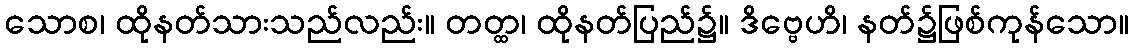
သောစ၊ ထိုနတ်သားသည်လည်း။ တတ္ထ၊ ထိုနတ်ပြည်၌။ ဒိဗ္ဗေဟိ၊ နတ်၌ဖြစ်ကုန်သော။